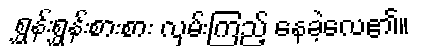
ရွှန်းရွှန်းစားစား လှမ်းကြည့် နေခဲ့လေ၏။